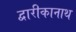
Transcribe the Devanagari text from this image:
द्वारीकानाथ